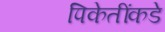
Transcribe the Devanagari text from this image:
पिकेतींकडे